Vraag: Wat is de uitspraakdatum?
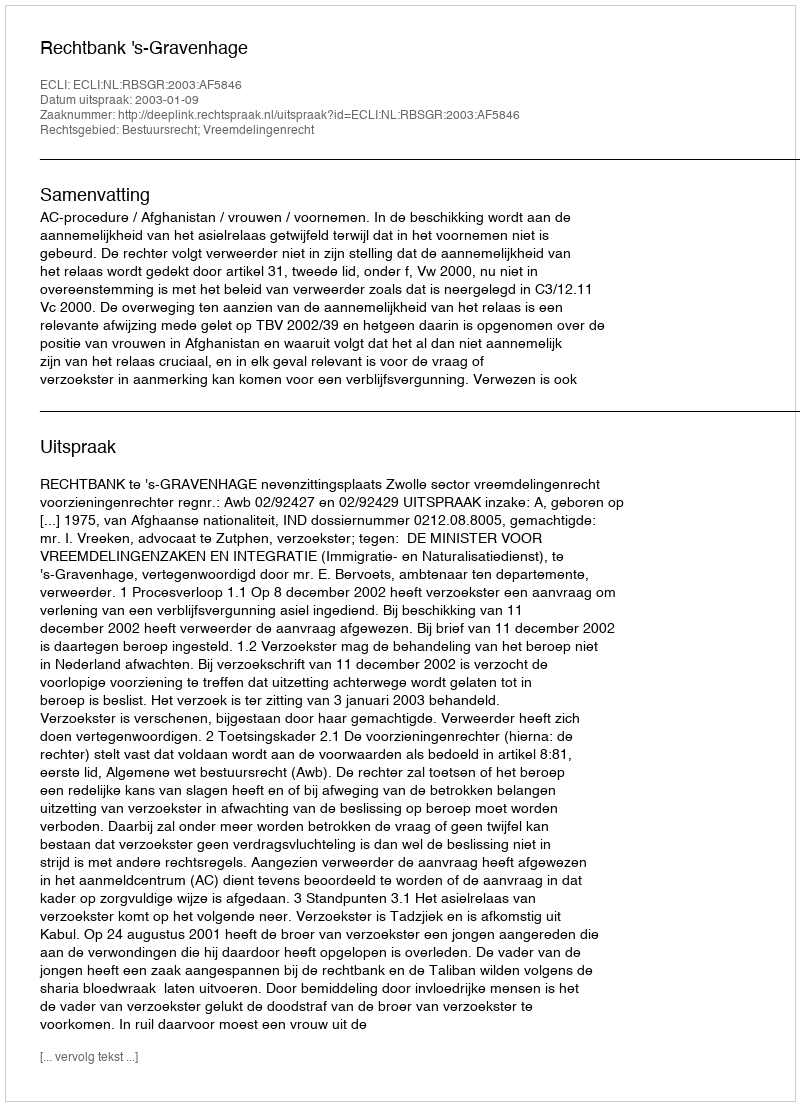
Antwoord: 2003-01-09